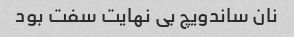
نان ساندویچ بی نهایت سفت بود